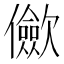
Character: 𠑁